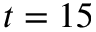
t = 1 5